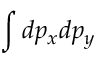
\int d p _ { x } d p _ { y }